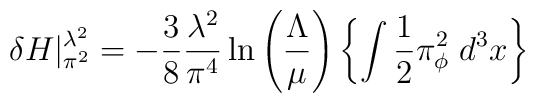
\delta H|_{\pi^2}^{\lambda^2}=- {3\over 8} {\lambda^2\over\pi^4}\ln\left({\Lambda\over\mu}\right) \left\{\int {1\over 2}\pi^2_\phi\; d^3x\right\}